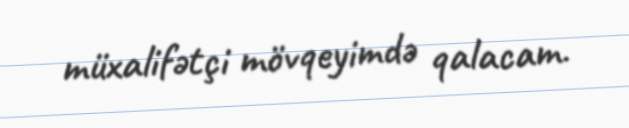
müxalifətçi mövqeyimdə qalacam.